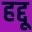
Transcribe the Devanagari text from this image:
हद्दू